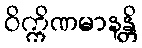
ဝိက္ကိဏမာနန္တိ